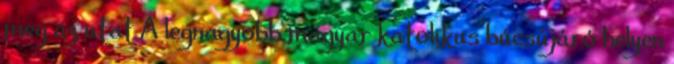
meg az utat A legnagyobb magyar katolikus búcsújáró helyen